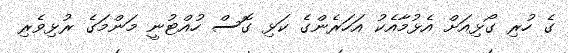
ގެ ހުރި ގޯޅިއަށް އެޅުމާއެކު އަހަރެންގެ ކަޅި ގޮސް ހުއްޓުނީ މަންމަގެ ރުޅިވެރި